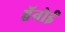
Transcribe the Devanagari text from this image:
हॅनोई